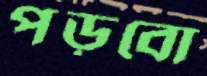
পড়বো